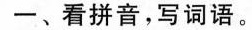
-﹑看拼音，写词语。